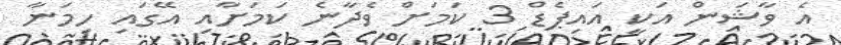
އެ ވާޝަން އަކީ އައިޕެޑް 3 ކަމަށް ވެދާނެ ކަމަށާއި އޭގައި ހިމަނާ